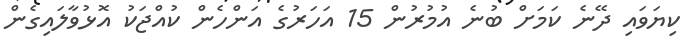
ކިޔަވައި ދޭނެ ކަމަށް ބުނެ އުމުރުން 15 އަހަރުގެ އަންހެން ކުއްޖަކު އޮޅުވާލައިގެން